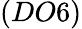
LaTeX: (DO6)